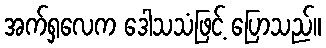
အက်ရှလေက ဒေါသသံဖြင့် ပြောသည်။